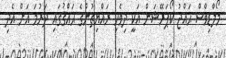
މޯލްޑިވްސް ޙައްޖު ކޯޕަރޭޝަން އަކީ ދިވެހި ރައްޔިތުންގެ ޙައްޤުގައި ދަރުމަ އަށް އެދި